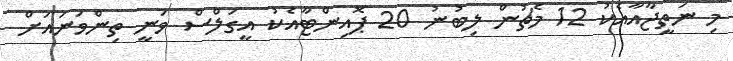
މި ނަތީޖާއާއެކު 12 މެޗުން ލިބުނު 20 ޕޮއިންޓާއެކު އީގަލްސް ވަނީ ތިންވަނައަށް